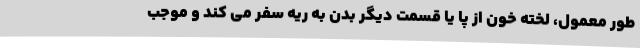
طور معمول، لخته خون از پا یا قسمت دیگر بدن به ریه سفر می کند و موجب